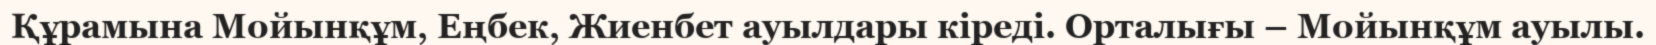
Құрамына Мойынқұм, Еңбек, Жиенбет ауылдары кіреді. Орталығы – Мойынқұм ауылы.